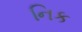
નિક